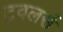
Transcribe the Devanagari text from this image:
ट्रवलर्स